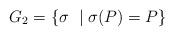
LaTeX: \begin{align*}G_2=\{\sigma\ \mid \sigma(P)=P\} \end{align*}